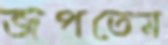
জপতেম